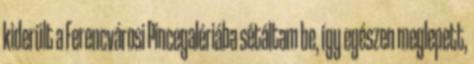
kiderült a Ferencvárosi Pincegalériába sétáltam be, így egészen meglepett,